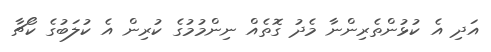
އަދި އެ ކުޅުންތެރިންނާ މެދު ގޮތެއް ނިންމުމުގެ ކުރިން އެ ކުލަބުގެ ކޯޗާ